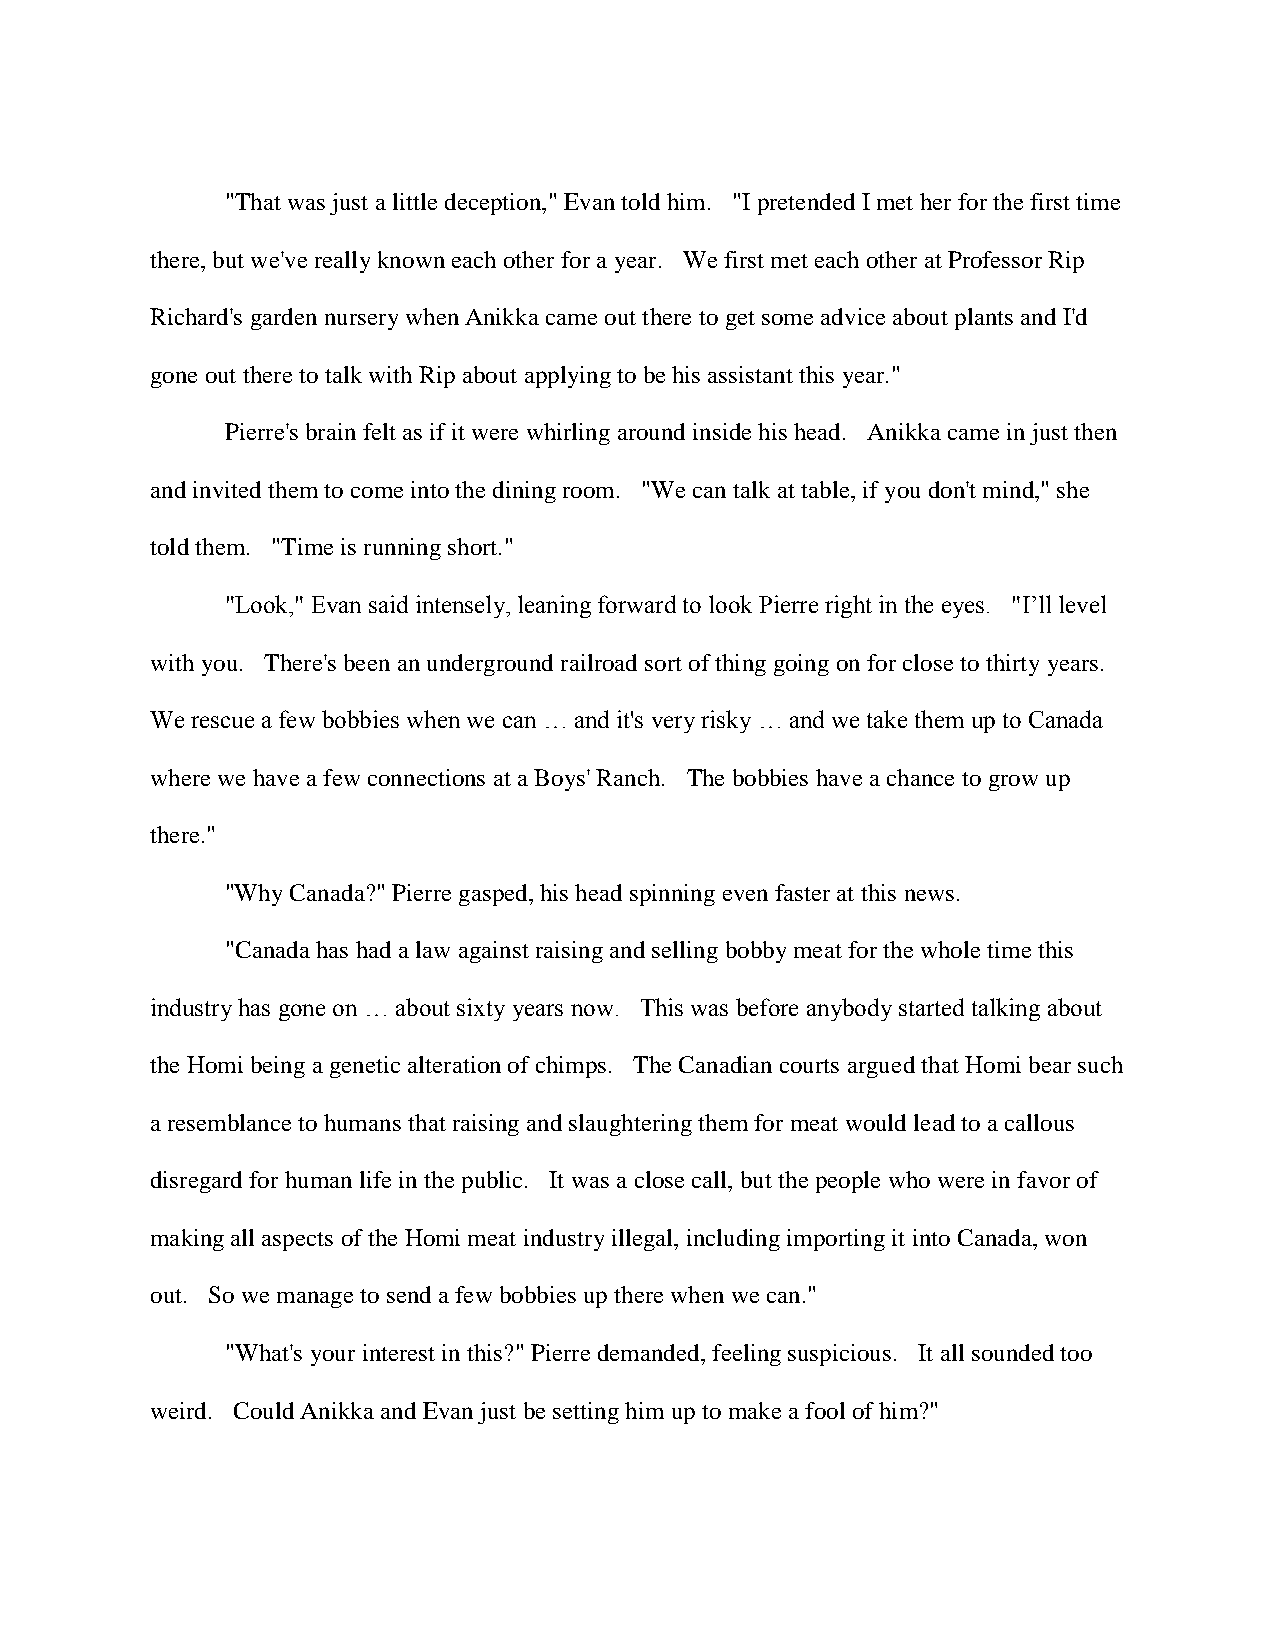
"That was just a little deception," Evan told him. "I pretended I met her for the first time
 there, but we've really known each other for a year. We first met each other at Professor Rip
 Richard's garden nursery when Anikka came out there to get some advice about plants and I'd
 gone out there to talk with Rip about applying to be his assistant this year."
 Pierre's brain felt as if it were whirling around inside his head. Anikka came in just then
 and invited them to come into the dining room. "We can talk at table, if you don't mind," she
 told them. "Time is running short."
 "Look," Evan said intensely, leaning forward to look Pierre right in the eyes. "I’ll level
 with you. There's been an underground railroad sort of thing going on for close to thirty years.
 We rescue a few bobbies when we can … and it's very risky … and we take them up to Canada
 where we have a few connections at a Boys' Ranch. The bobbies have a chance to grow up
 there."
 "Why Canada?" Pierre gasped, his head spinning even faster at this news.
 "Canada has had a law against raising and selling bobby meat for the whole time this
 industry has gone on … about sixty years now. This was before anybody started talking about
 the Homi being a genetic alteration of chimps. The Canadian courts argued that Homi bear such
 a resemblance to humans that raising and slaughtering them for meat would lead to a callous
 disregard for human life in the public. It was a close call, but the people who were in favor of
 making all aspects of the Homi meat industry illegal, including importing it into Canada, won
 out. So we manage to send a few bobbies up there when we can."
 "What's your interest in this?" Pierre demanded, feeling suspicious. It all sounded too
 weird. Could Anikka and Evan just be setting him up to make a fool of him?"